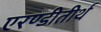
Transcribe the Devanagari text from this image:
एरण्डीतीर्थ